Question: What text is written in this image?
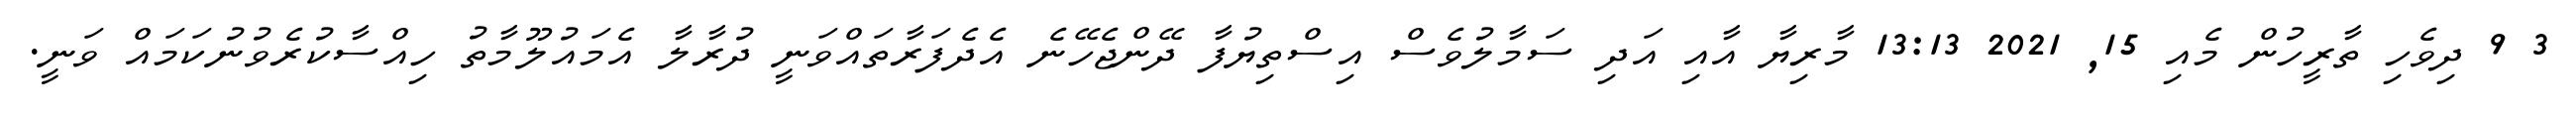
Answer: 3 9 ދިވެހި ތާރީހުން މެއި 15, 2021 13:13 މާރިޔާ އާއި އަދި ސަމާލުވެސް އިސްތިޔުފާ ދޭންޖެހޭނެ އެދެފަރާތައްވަނީ ދުރާލާ އެމައުލޫމާތު ހިއްސާކުރެވުނުކަމައް ވަނީ.